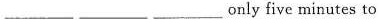
___only five minutes to